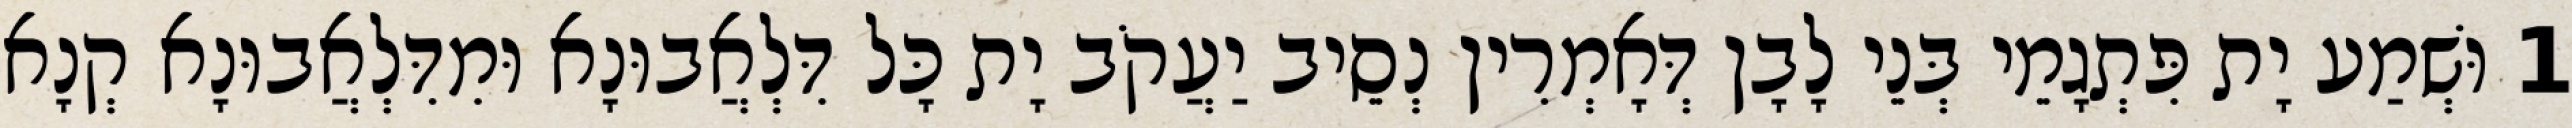
1 וּשְׁמַע יָת פִּתְגָמֵי בְּנֵי לָבָן דְּאָמְרִין נְסֵיב יַעֲקֹב יָת כָּל דִּלְאֲבוּנָא וּמִדִּלְאֲבוּנָא קְנָא